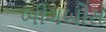
બીગબોસ